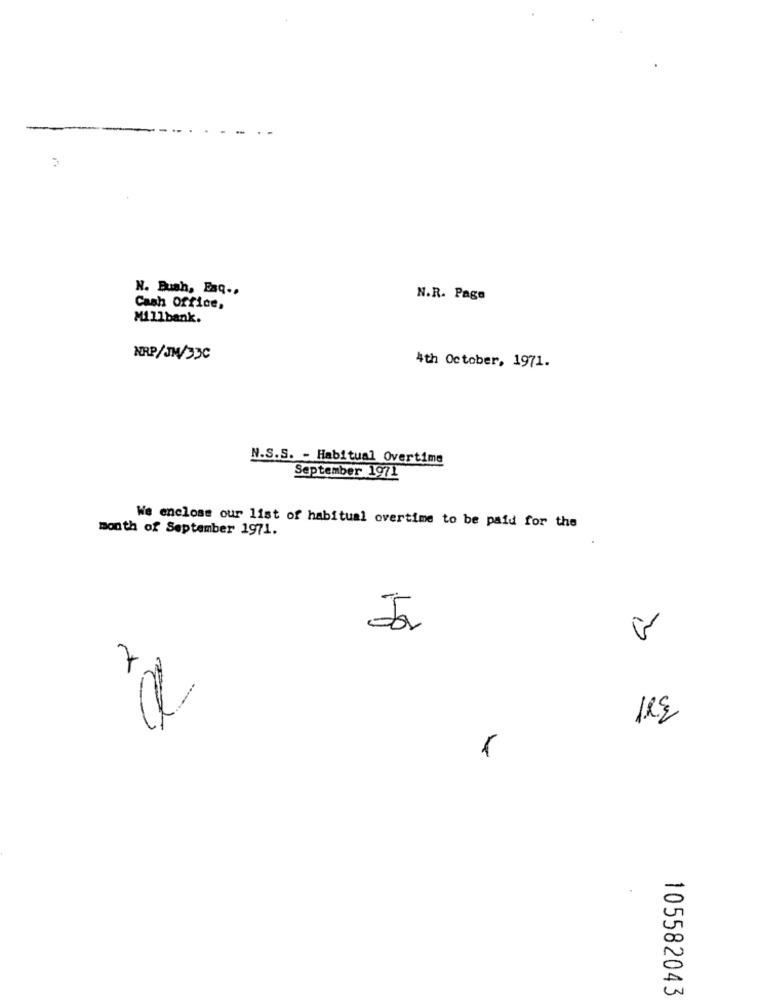
N. Bush, Esq ..
N.R. Page
Cash office,
Millbank.
NRP/JW/33C
4th October, 1971.
N.S.S. - Habitual Overtime
September 1971
month of September 1971.
We enclose our list of habitual overtime to be paid for the
Jas
1RE
105582043